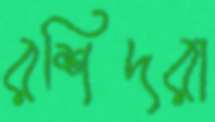
রশিদরা